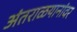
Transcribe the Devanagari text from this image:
अंतराळयानांवर